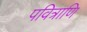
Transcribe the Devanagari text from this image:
पवित्राणि